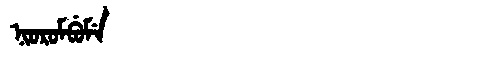
Manchu: ᠨᡳᠣᡵᠣᠮᠪᡠᠮᡝ
Romanization: NIOROMBUME